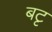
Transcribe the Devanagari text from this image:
बटृ